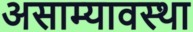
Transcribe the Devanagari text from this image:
असाम्यावस्था